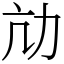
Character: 劥